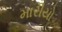
મારીયો